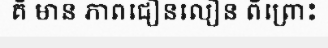
គឺ មាន ភាពជឿនលឿន ពីព្រោះ